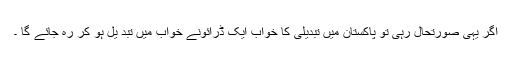
اگر یہی صورتحال رہی تو پاکستان میں تبدیلی کا خواب ایک ڈرائونے خواب میں تبد یل ہو کر رہ جائے گا ۔